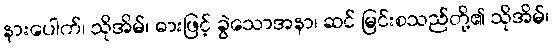
နားပေါက်၊ သိုအိမ်၊ ဓားဖြင့် ခွဲသောအနာ၊ ဆင် မြင်းစသည်တို့၏ သိုအိမ်၊